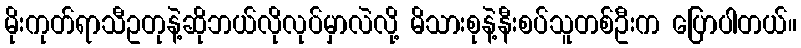
မိုးကုတ်ရာသီဥတုနဲ့ဆိုဘယ်လိုလုပ်မှာလဲလို့ မိသားစုနဲ့နီးစပ်သူတစ်ဦးက ပြောပါတယ်။